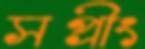
সপ্রীং